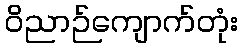
ဝိညာဉ်ကျောက်တုံး